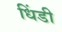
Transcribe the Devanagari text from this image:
धिंडी